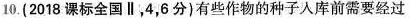
10.(2018)课标全国∥，4，6分)有些作物的种子入库前需要经过